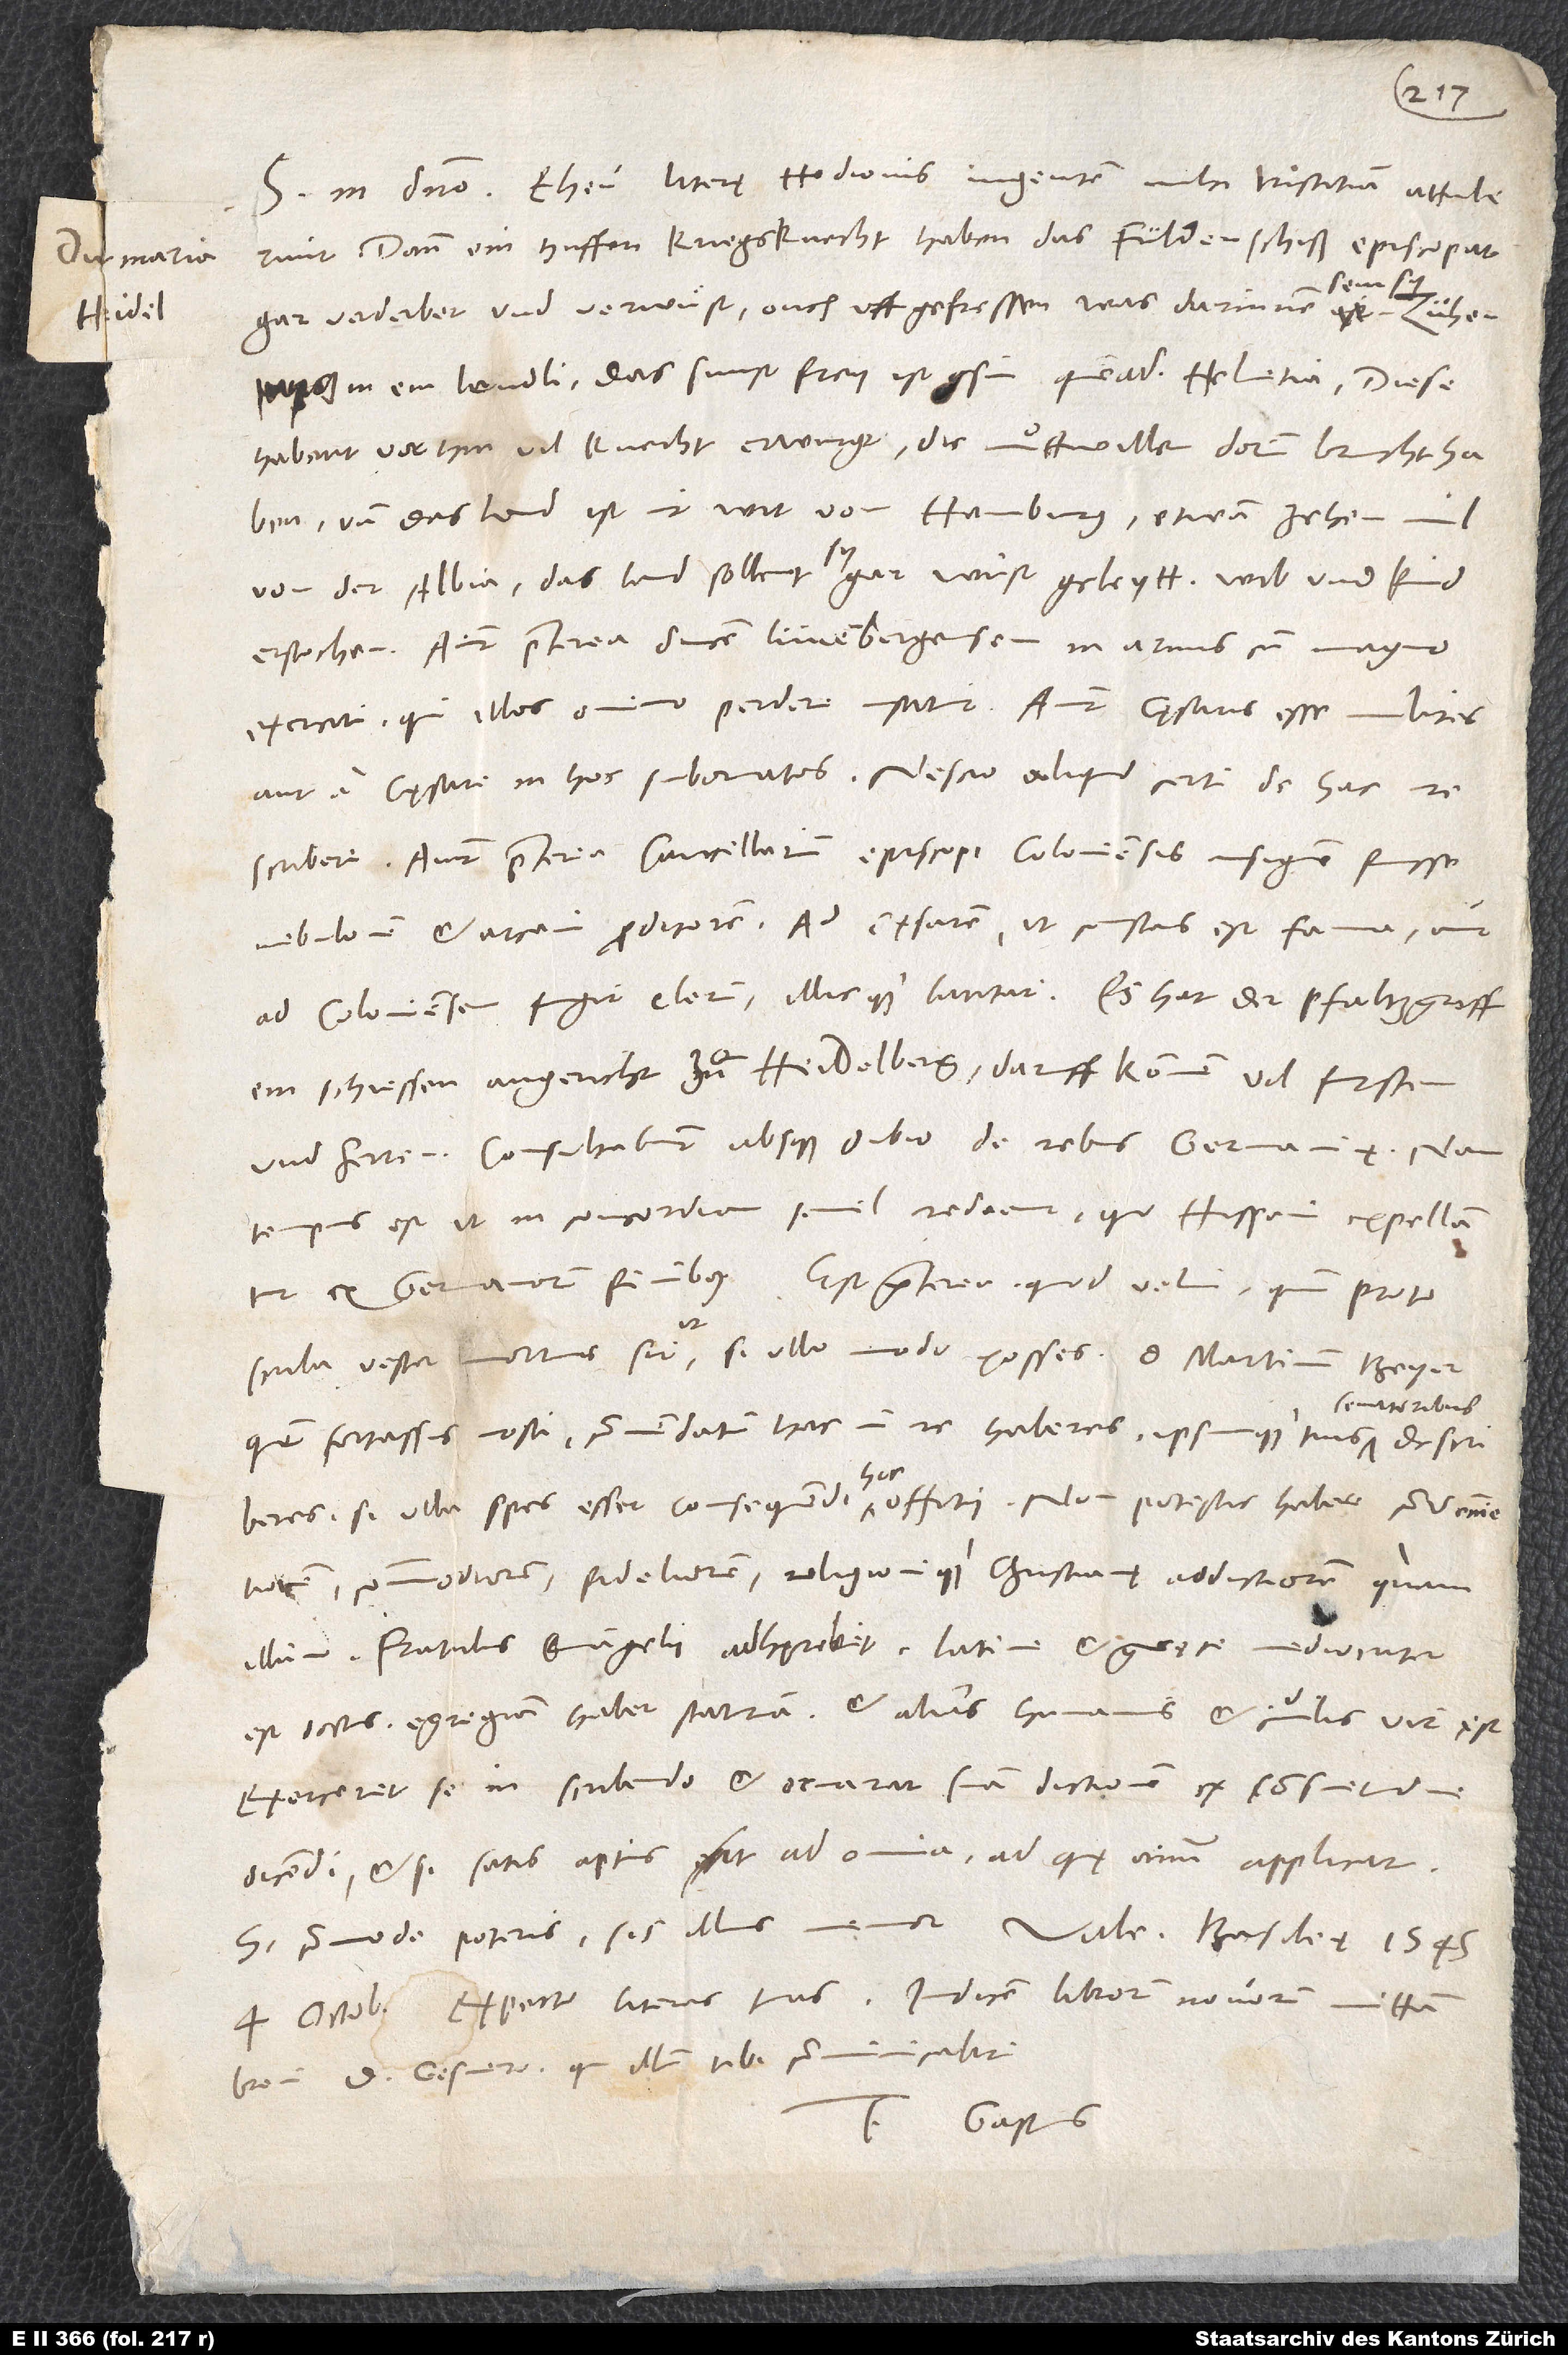
S. in domino. Eheu! Literę Hedionis ingentem mihi tristitiam attulerunt,
dann ein huffen kriegsknecht haben das fuldenschiß episcopat
gar verderbet und verwuͤst, ouch uffgefressen, was darinnen sein
in ein lendli, das sunst frey ist gsin, quemadmodum Helvetia. Diese
habent vorhin vil knecht erwurgt, die muͦttwillen dorinn brucht haben.
Und das land ist nit wit von Hamburg, etwan zehen mil
von der Albia. Das land sollent sy gar wust geleytt, wib und kind
erstochen. Aiunt praeterea ducem Lunenbergensem in armis cum magno
exercitu, qui illos omnino perdere instituit. Aiunt cęsaris esse milites
a cęsare in hoc subornatos. Nescio aliquid certi de hac
Aiunt praeterea cancellarium episcopi Coloniensis insignem fuisse
nebulonem et arcani proditorem. Ad cęsarem, ut constans est fama, aut
ein schiessen angericht zuͦ Heidelberg. Daruff kommen vil fursten
und herren. Consultabunt absque dubio de rebus Germanię; nam
tempus est, ut in concordiam semel redeant, quo Hispani expellantur
protoscriba vester mortuus sit, ut, si ullo modo posses, d. Martinum Beyer,
senatoribus
quem fortassis nosti, commendatum hac in re haberes, ipsumque tuis
si ulla spes esset consequendi hoc offitii. Non potestis habere convenientiorem,
commodiorem, fideliorem religionique christianę addictiorem quam
illum. Fratribus evangelii adhęrebit. Latine et Gręce mediocriter
est doctus. Egregiam habet staturam et alias humanus et civilis vir est.
Exerceret se in scribendo et ornaret suam dictionem ex consuetudine
dicendi, etsi satis aptus sit ad omnia, ad quę animum applicat.
Si commode poteris, sis illius memor.
Expecto literas tuas. Indicem librorum novorum mittam
brevi d. Gesnero, qui illum tibi communicabit.
Tuus Gastius.